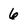
Character: 6